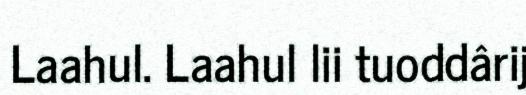
Laahul. Laahul lii tuoddârij